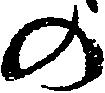
の